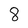
Character: 8